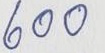
600